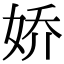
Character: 娇